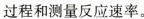
过程和测速率。